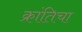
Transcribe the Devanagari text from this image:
क्रांतिचा